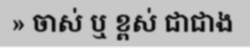
» ចាស់ ឬ ខ្ពស់ ជាជាង